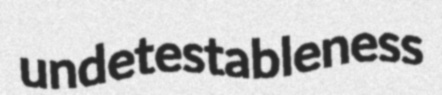
undetestableness